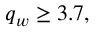
q _ { w } \ge 3 . 7 ,